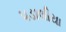
પડાલીયા